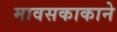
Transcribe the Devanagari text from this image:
मावसकाकाने